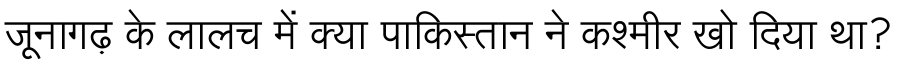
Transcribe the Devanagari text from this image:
जूनागढ़ के लालच में क्या पाकिस्तान ने कश्मीर खो दिया था?